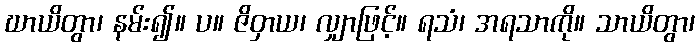
ဃာယိတွာ၊ နမ်း၍။ ပ။ ဇိဝှာယ၊ လျှာဖြင့်။ ရသံ၊ အရသာကို။ သာယိတွာ၊